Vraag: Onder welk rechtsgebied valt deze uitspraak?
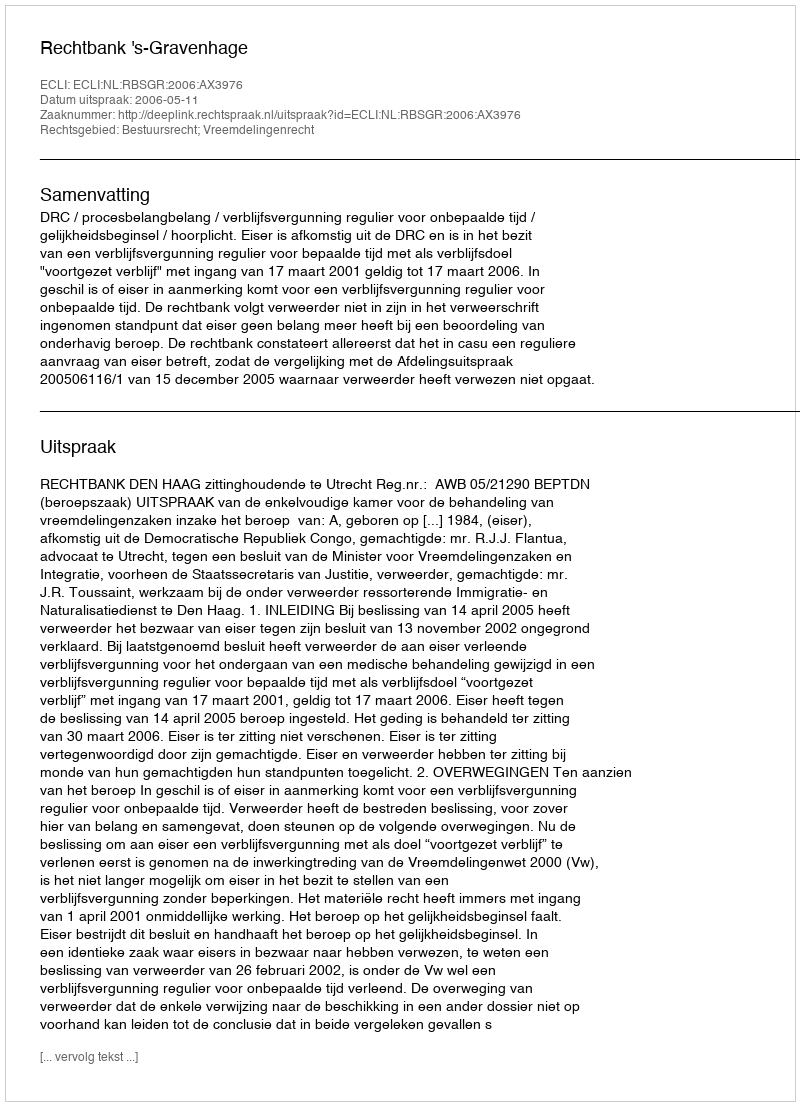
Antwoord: Bestuursrecht; Vreemdelingenrecht